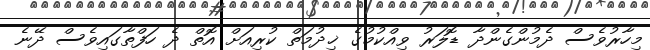
މިހާރުވެސް ދެމުންގެންދާ ޑޮލަރު ވިއްކުމުގެ ޚިދުމަތް ކުރިއަށް އޮތް ދެ ހަފްތާގައިވެސް ދޭނެ